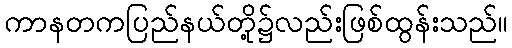
ကာနတကပြည်နယ်တို့၌လည်းဖြစ်ထွန်းသည်။